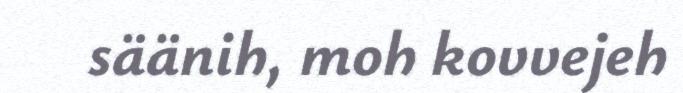
säänih, moh kovvejeh